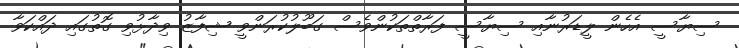
ސިޔާސީ އެހެން ލީޑަރުނާއި ސިޔާސީ ފަރާތްތަކުންވެސް ގަބޫލުކުރަންވީ ޝިފާޒު ވިދާޅުވި ގޮތުގައި ދައްކަވާ